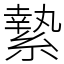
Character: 縶